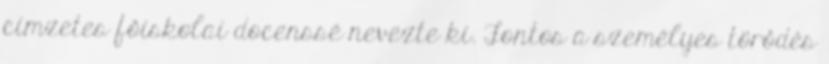
címzetes fôiskolai docenssé nevezte ki. Fontos a személyes törôdés